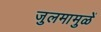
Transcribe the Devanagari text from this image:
जुलमामुळें